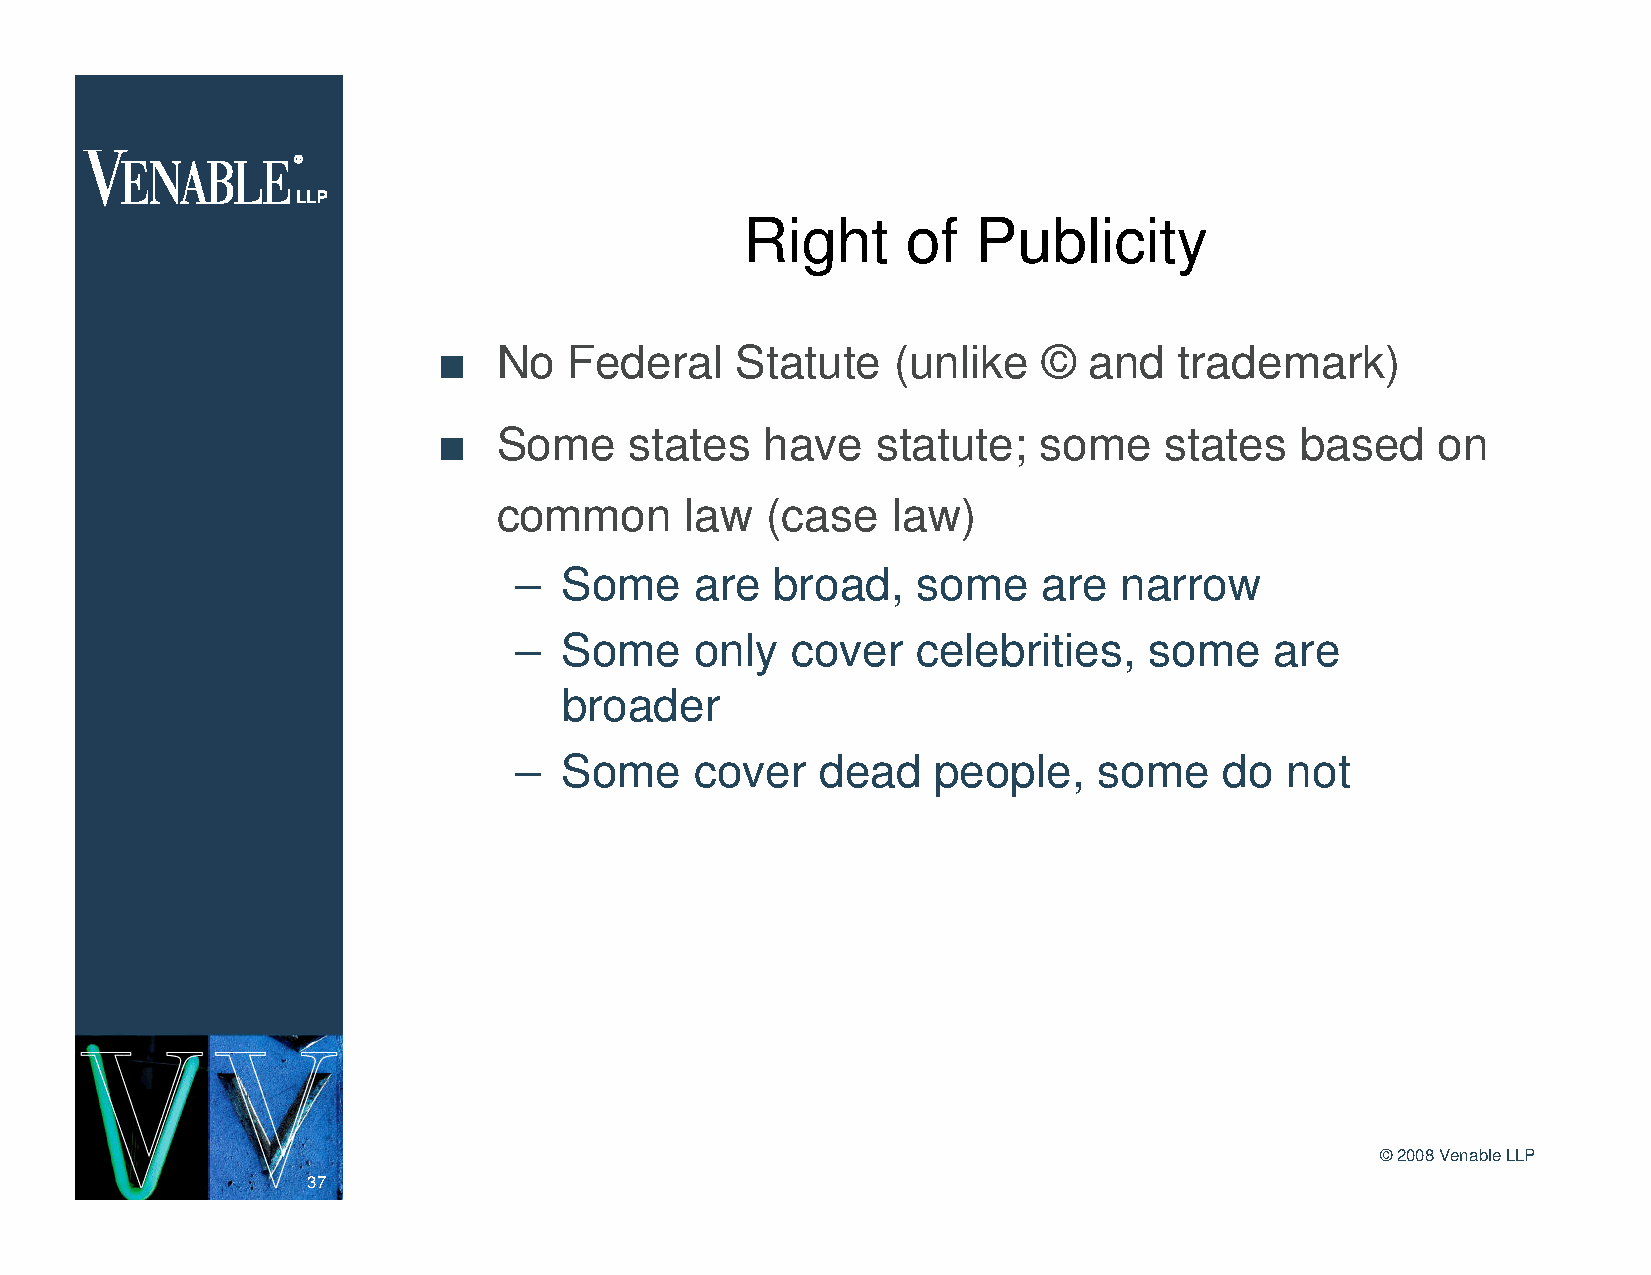
Right      of   Publicity
 n   No   Federal    Statute   (unlike   ©  and   trademark)
 n   Some     states   have   statute;   some    states   based    on
 common      law   (case   law)
 –  Some     are  broad,    some    are  narrow
 –  Some     only  cover    celebrities,   some    are
 broader
 –  Some     cover   dead    people,    some    do  not
 ©2008 Venable LLP
 37